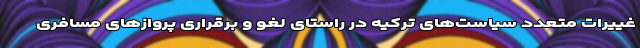
غییرات متعدد سیاست‌های ترکیه در راستای لغو و برقراری پروازهای مسافری